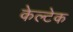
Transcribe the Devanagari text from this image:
केल्टेक